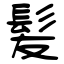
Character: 髪